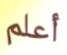
أعلم